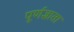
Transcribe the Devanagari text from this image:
पूर्णज्ञाता